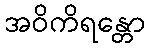
အဝိကိရန္တော